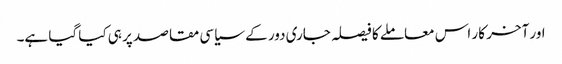
اور آخر کار اس معاملے کا فیصلہ جاری دور کے سیاسی مقاصد پر ہی کیا گیا ہے۔